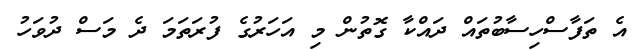
އެ ތަފާސްހިސާބުތައް ދައްކާ ގޮތުން މި އަހަރުގެ ފުރަތަމަ ދެ މަސް ދުވަހު